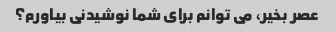
عصر بخیر، می توانم برای شما نوشیدنی بیاورم؟